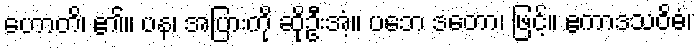
ဟောတိ၊ ၏။ ပန၊ အပြားကို ဆိုဦးအံ့။ ပဘေ ဒတော၊ ဖြင့်။ ဧကာဒသဝိဓံ၊